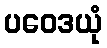
ပဝေဒယုံ